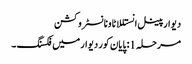
دیوار پینل انستللاٹاونانسٹروکشن
مرحلہ 1: پایان کور دیوار میں فکسنگ ۔